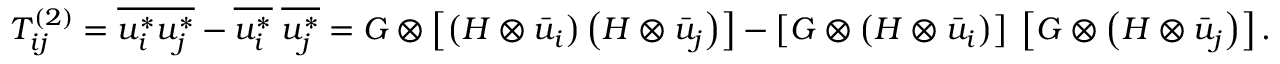
T _ { i j } ^ { \left( 2 \right) } = \overline { { u _ { i } ^ { * } u _ { j } ^ { * } } } - \overline { { u _ { i } ^ { * } } } \; \overline { { u _ { j } ^ { * } } } = G \otimes \left[ { \left( { H \otimes { { \bar { u } } _ { i } } } \right) \left( { H \otimes { { \bar { u } } _ { j } } } \right) } \right] - \left[ { G \otimes \left( { H \otimes { { \bar { u } } _ { i } } } \right) } \right] \; \left[ { G \otimes \left( { H \otimes { { \bar { u } } _ { j } } } \right) } \right] .